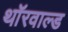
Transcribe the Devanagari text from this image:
थॉरवाल्ड